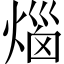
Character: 𤊲